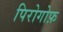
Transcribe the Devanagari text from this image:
पिरोगोफ़